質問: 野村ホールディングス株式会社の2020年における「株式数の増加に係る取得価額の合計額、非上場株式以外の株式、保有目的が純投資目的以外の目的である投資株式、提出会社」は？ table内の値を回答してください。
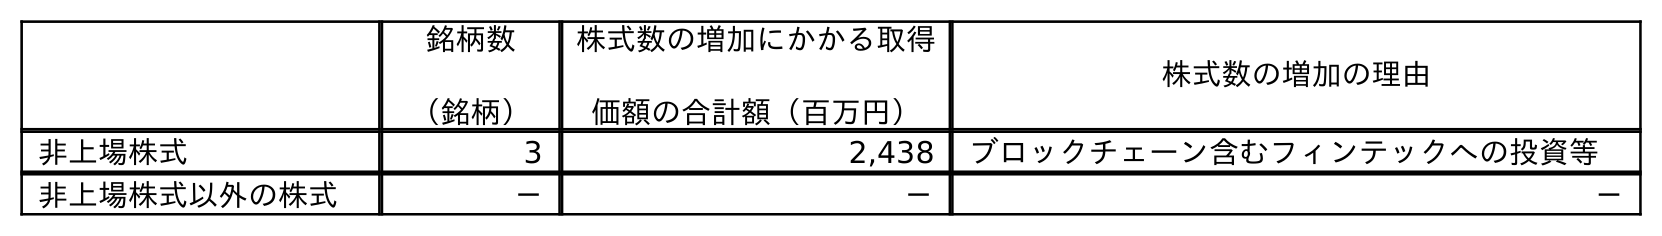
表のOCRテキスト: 銘柄数 （銘柄） 株式数の増加にかかる取得 価額の合計額（百万円） 株式数の増加の理由 非上場株式 3 2,438 ブロックチェーン含むフィンテックへの投資等 非上場株式以外の株式 － － －
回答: －